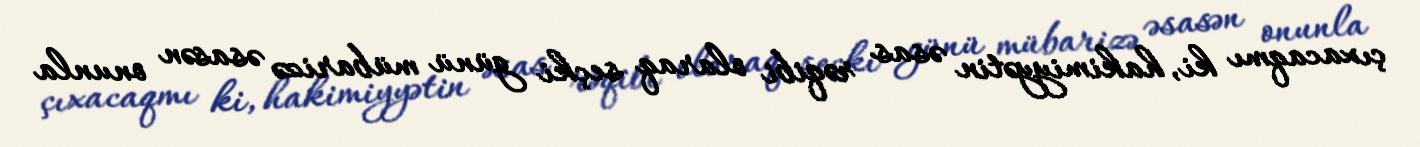
çıxacaqmı ki, hakimiyyətin əsas rəqibi olaraq seçki günü mübarizə əsasən onunla